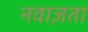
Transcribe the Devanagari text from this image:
नवाज़ता